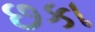
છકા